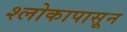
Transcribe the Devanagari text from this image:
श्लोकापासून